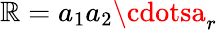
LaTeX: \mathbb{R}=a_{1}a_{2}\cdotsa_{r}